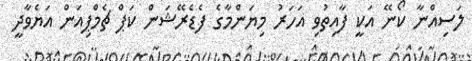
ލަސިއްނާ ކޯނޭ އަކީ ފާއިތުވި އަހަރު މިޔަންމާގެ ފެޑެރޭޝަން ކަޕް ޗެމްޕިއަން އަޔެވާދީ